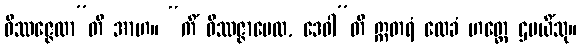
ဝိဿဇ္ဇေထာ”တိ အာဟ။ “ကိံ ဝိဿဇ္ဇာပေထ, ဒေဝါ”တိ ဣတရံ လေခံ ဟတ္ထေ ဌပယိံသု။